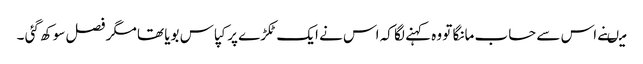
میںنے اس سے حساب مانگا تو وہ کہنے لگا کہ اس نے ایک ٹکڑے پر کپاس بویا تھا مگر فصل سوکھ گئی ۔